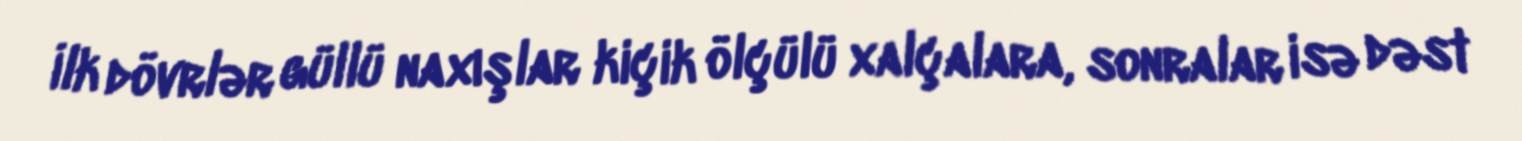
İlk dövrlər güllü naxışlar kiçik ölçülü xalçalara, sonralar isə dəst